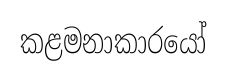
කළමනාකාරයෝ